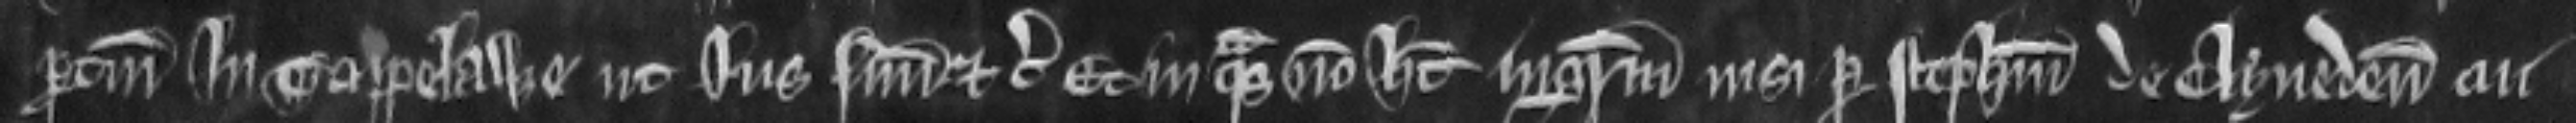
pertinenciis in Tappelawe ut jus suum etc. Et in quas non habet ingressum nisi per Stephanum de Clyveden cui